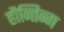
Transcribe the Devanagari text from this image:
हौन्तिन्ग